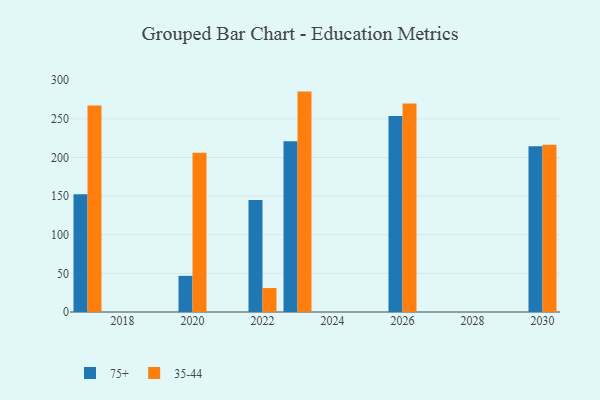
{"axis": {"x": "Year", "y": "Headcount"}, "legend": ["35-44", "75+"], "data": [{"x": "2026", "y": 253.7, "type": "75+"}, {"x": "2026", "y": 269.8, "type": "35-44"}, {"x": "2017", "y": 152.3, "type": "75+"}, {"x": "2017", "y": 267.3, "type": "35-44"}, {"x": "2020", "y": 46.8, "type": "75+"}, {"x": "2020", "y": 206.2, "type": "35-44"}, {"x": "2022", "y": 145.1, "type": "75+"}, {"x": "2022", "y": 31.0, "type": "35-44"}, {"x": "2023", "y": 221.0, "type": "75+"}, {"x": "2023", "y": 285.3, "type": "35-44"}, {"x": "2030", "y": 214.6, "type": "75+"}, {"x": "2030", "y": 216.4, "type": "35-44"}]}